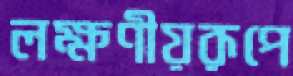
লক্ষণীয়রূপে